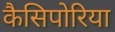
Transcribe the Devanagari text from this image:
कैसिपोरिया